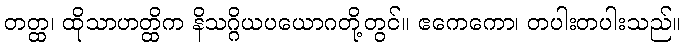
တတ္ထ၊ ထိုသာဟတ္ထိက နိသဂ္ဂိယပယောဂတို့တွင်။ ဧကေကော၊ တပါးတပါးသည်။